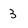
Character: 3